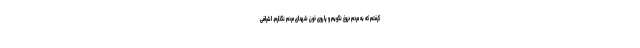
گرفتم که به مردم دروغ نگویم و پا روی خون شهدای مردم نگذارم. اشرافی